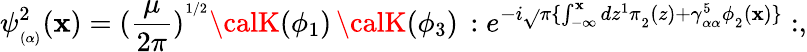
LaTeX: \psi_{_{(\alpha)}}^{2}(\mathbf{x})=(\frac{{\mu}}{{2\pi}})^{^{1/2}}{\calK}(\phi_{1})\, {\calK}(\phi_{3})\, :e^{-i\sqrt{}{{\pi}}\{ \int_{-\infty}^{\mathbf{x}}dz^{1}\pi_{_2}(z)+\gamma_{_{\alpha\alpha}}^{5}\phi_{_2}(\mathbf{x})\} }:,